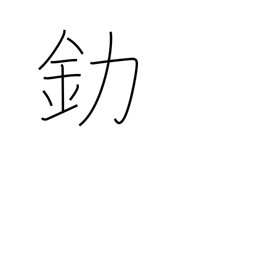
Meaning: gold